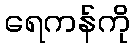
ရေကန်ကို